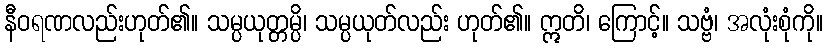
နီဝရဏလည်းဟုတ်၏။ သမ္ပယုတ္တမ္ပိ၊ သမ္ပယုတ်လည်း ဟုတ်၏။ ဣတိ၊ ကြောင့်။ သဗ္ဗံ၊ အလုံးစုံကို။